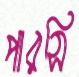
পারসি